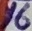
Text: 16